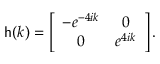
{ \sf h } ( k ) = \left[ \begin{array} { c c } { - e ^ { - 4 i k } } & { 0 } \\ { 0 } & { e ^ { 4 i k } } \end{array} \right] .